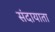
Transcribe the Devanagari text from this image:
संदायाता